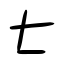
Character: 七